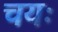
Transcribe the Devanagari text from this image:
चयः